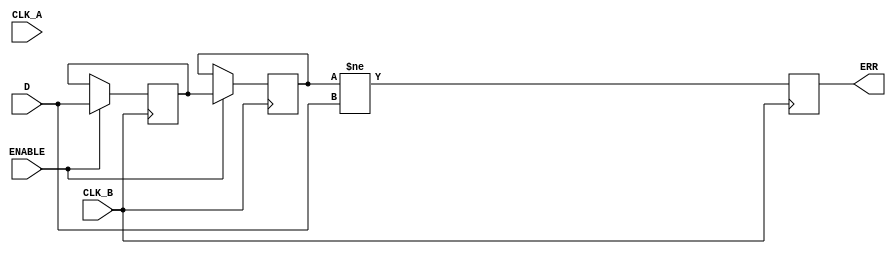
module cdc_detector (
    input wire D,           // Data signal from source clock domain
    input wire CLK_A,      // Source clock
    input wire CLK_B,      // Destination clock
    input wire ENABLE,     // Optional enable signal
    output reg ERR         // Error signal
);

    // Synchronization flops
    reg D_sync_1;          // First stage of synchronization
    reg D_sync_2;          // Second stage of synchronization

    // Process for synchronizing D to CLK_B
    always @(posedge CLK_B) begin
        if (ENABLE) begin
            D_sync_1 <= D;               // Sample D on CLK_B
            D_sync_2 <= D_sync_1;       // Sample the output of the first flop on the next CLK_B
        end
        
        // Error detection logic
        ERR <= (D_sync_2 != D);           // Set ERR if synchronized output does not match original signal
    end

endmodule